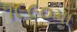
૧૯૯૦મા